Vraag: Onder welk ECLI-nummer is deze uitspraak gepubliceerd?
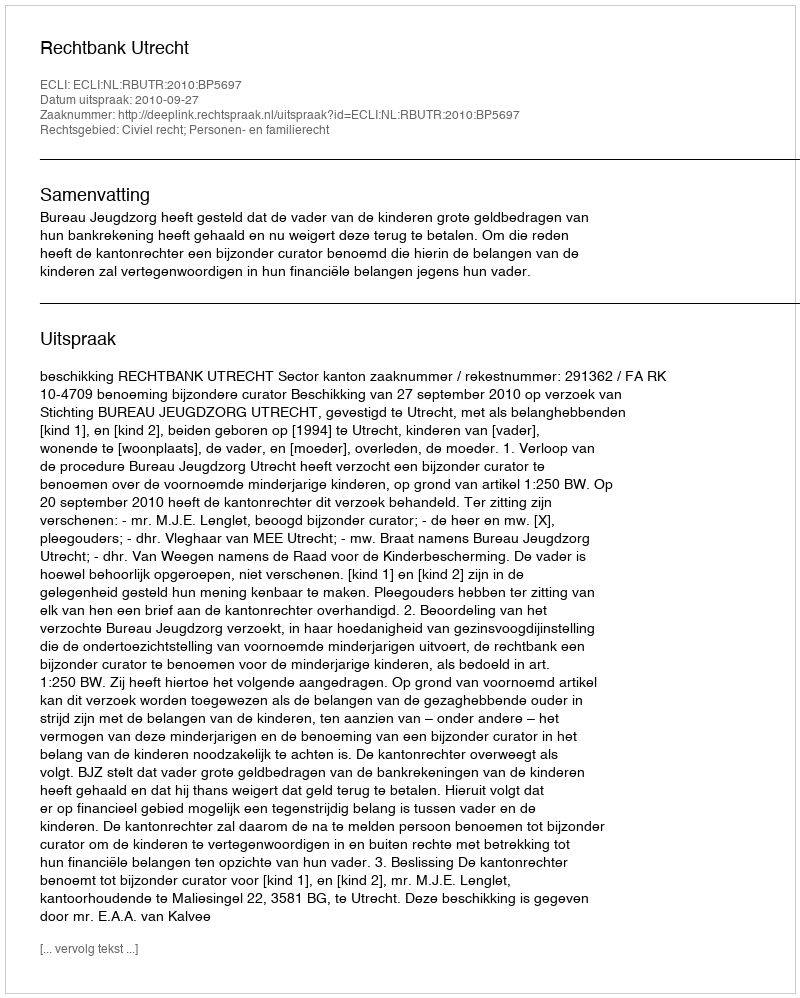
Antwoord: ECLI:NL:RBUTR:2010:BP5697